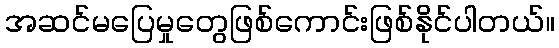
အဆင်မပြေမှုတွေဖြစ်ကောင်းဖြစ်နိုင်ပါတယ်။